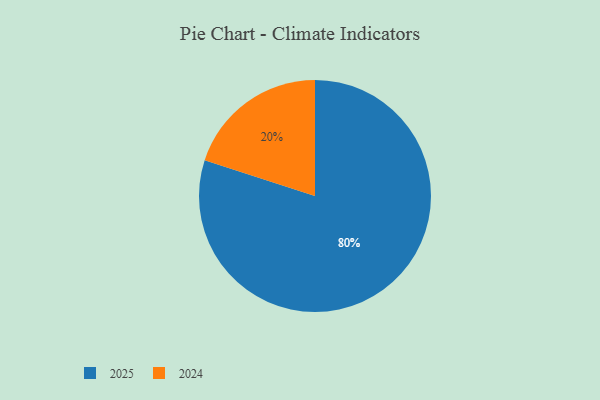
{"axis": {"x": "Category", "y": "Percentage"}, "legend": ["2024", "2025"], "data": [{"x": "2024", "y": 20, "type": "2024"}, {"x": "2025", "y": 80, "type": "2025"}]}